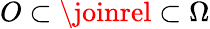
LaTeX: O\subset\joinrel\subset\Omega